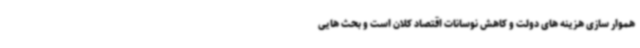
هموار سازی هزینه های دولت و کاهش نوسانات اقتصاد کلان است و بحث هایی